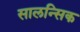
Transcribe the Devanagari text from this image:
सालन्सिक